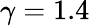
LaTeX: \gamma=1.4